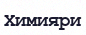
Химияри